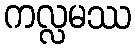
ကလ္လမဿ